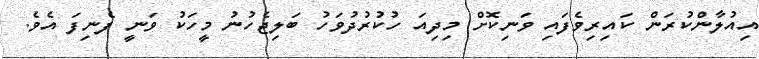
އިއުލާންކުރަން ކައިރިވެފައި ވަނިކޮށް މިދިއަ ހުކުރުދުވަހު ބަލިޖެހުނު މީހަކު ވަނީ ފެނިފަ އެވެ.